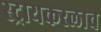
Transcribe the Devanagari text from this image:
स्ट्रायकरलाच